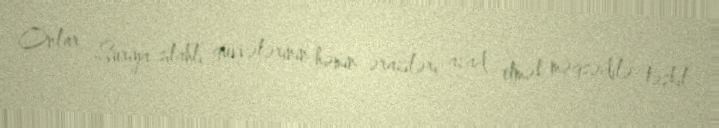
Onlar Suriya silahlı qüvvələrinin həmin əraziləri azad etmək məqsədilə təşkil